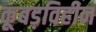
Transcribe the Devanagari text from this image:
कूबड़विहीन